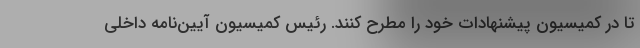
تا در کمیسیون پیشنهادات خود را مطرح کنند. رئیس کمیسیون آیین‌نامه داخلی